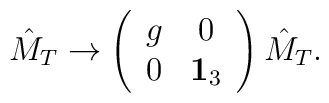
\hat{M}_T\rightarrow\left(\begin{array}{cc} g&0\\0& {\bf 1}_3 \end{array}\right) \hat{M}_T.